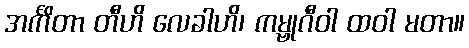
အင်္ကိတာ တီဟိ လေခါဟိ၊ ကမ္ဗုဂီဝါ ထဝါ မတာ။